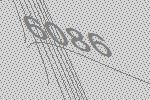
6086